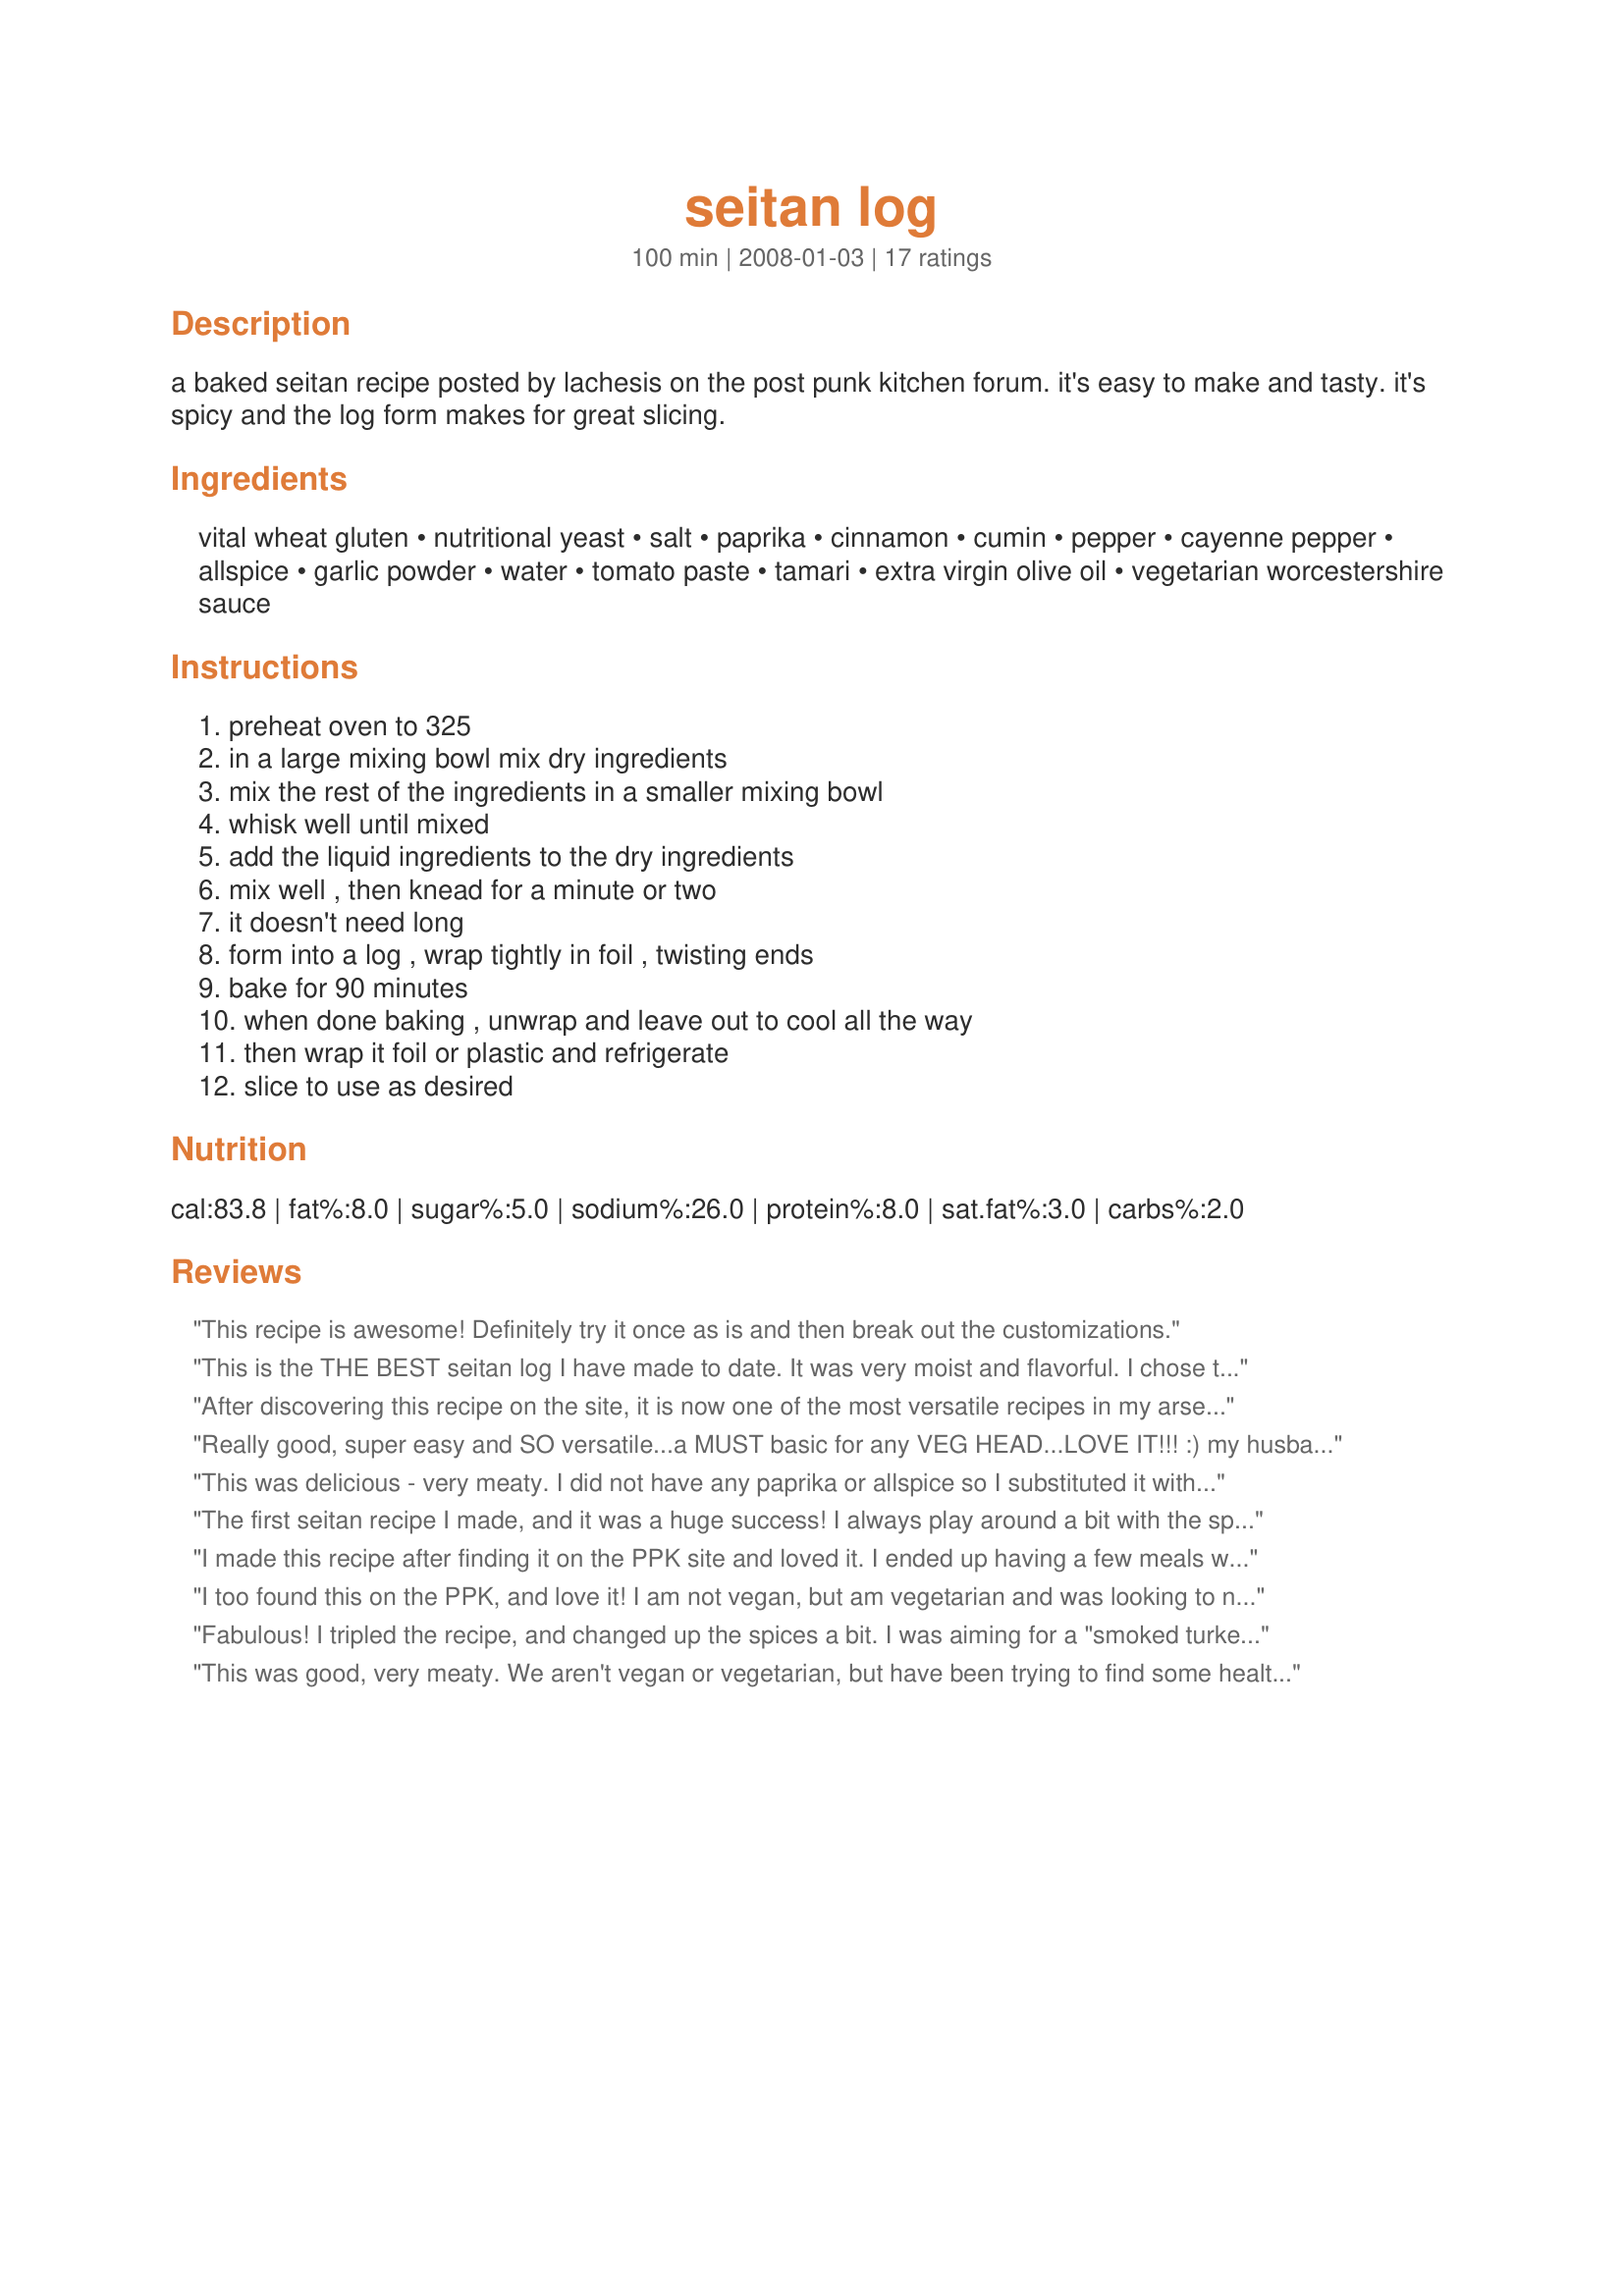
seitan log
Preparation time: 100 minutes

a baked seitan recipe posted by lachesis on the post punk kitchen forum. it's easy to make and tasty. it's spicy and the log form makes for great slicing.

Ingredients:
vital wheat gluten, nutritional yeast, salt, paprika, cinnamon, cumin, pepper, cayenne pepper, allspice, garlic powder, water, tomato paste, tamari, extra virgin olive oil, vegetarian worcestershire sauce

Steps:
preheat oven to 325, in a large mixing bowl mix dry ingredients, mix the rest of the ingredients in a smaller mixing bowl, whisk well until mixed, add the liquid ingredients to the dry ingredients, mix well , then knead for a minute or two, it doesn't need long, form into a log , wrap tightly in foil , twisting ends, bake for 90 minutes, when done baking , unwrap and leave out to cool all the way, then wrap it foil or plastic and refrigerate, slice to use as desired

Reviews:
This recipe is awesome! Definitely try it once as is and then break out the customizations.
This is the THE BEST seitan log I have made to date. It was very moist and flavorful. I chose to omit the cinnamon, cumin and allspice. I added 1 teaspoon of onion powder instead. It was such a huge hit, we ate 2/3 of it for dinner tonight. Thanks for posting a fantastic recipe!
After discovering this recipe on the site, it is now one of the most versatile recipes in my arsenal. Like user veggie_mama, I also omit the cinnamon, cumin, and allspice. I add onion powder in their place. My household enjoys just snacking on the log throughout the day. Its so good! When I make tofu lasagna, I crumble part of the log up and throw it in my vegan "ricotta" mixture. It gives it an extra kick! So many ways to use this recipe in others.
Really good, super easy and SO versatile...a MUST basic for any VEG HEAD...LOVE IT!!! :) my husband has patiently put up with my vegetarian whims for 20 years and he was thrilled with this!!! thanks AJO...made for "Healthy Choices Tag Game" - **A WINNER**
This was delicious - very meaty. I did not have any paprika or allspice so I substituted it with additional cayenne pepper. It turned out great, super easy and quick to prepare, I will definitely be making this again. I doubt I'll need to buy meat substitutes again! Next time I will try baking these in smaller logs in an attempt for sausage. The taste was great. My boyfriend ate it with mashed potatoes and saurkraut, I had some with bbq sauce. Fantastic, thanks for posting! *Edit: I just wanted to add that I continue to make and love this recipe. I've had success making a double batch and cooking an extra 15 minutes, I also make meat crumbles out of this by putting it in my food processor. This is good stuff!
The first seitan recipe I made, and it was a huge success! I always play around a bit with the spices and sometimes add some liquid smoke to make it taste sausage-y, but it always turns out fantastic!
I made this recipe after finding it on the PPK site and loved it. I ended up having a few meals with it (BBQ Seitan and 2 different types of chili). It was pretty easy to make as well. This is going to sound so weird, but it tasted like a mix between pumpkin pie and pepperoni. Next time, I'll leave out or cut back on the cinnamon.

***EDIT: I changed the spices around the 2nd time and it was even better: salt, cumin, garlic powder, onion powder, parsley, and used broth instead of water. MUCH MUCH better!
I too found this on the PPK, and love it!

I am not vegan, but am vegetarian and was looking to not rely on so many foods like cheese and eggs (I still eat them, just trying to moderate things).

I use the spices as-is, but haven't been able to find vegan worchesterschire sauce, so instead, I use 2 tbs red miso.

I love this!
Fabulous! I tripled the recipe, and changed up the spices a bit. I was aiming for a "smoked turkey" tasting substitute. The addition of liquid smoke, onion powder and poultry seasoning helped. I left out the cinnamon, allspice and cumin. I used half tamari, and half Braggs. I ended up slicing this pretty thinly on an electric slicer, and making panini with it and some brie, pesto and baby spinach. Wonderful directions, Ajo, thanks!
This was good, very meaty. We aren't vegan or vegetarian, but have been trying to find some healthier and less processed substitutes for some meats, and this is a winner. We put it in the food processor to substitute as ground beef as another reviewer suggested. Next time I think I will change the spices up too, to make it more meatball-like instead of pepperoni-like. Thanks so much AJO!
I enjoyed this. It makes a nice, plump log and slices so cleanly. It's pretty versatile; thinly sliced in a sandwich, breaded and dipped in BBQ sauce. Thanks for posting AJO.
This is delicious. I made it exactly as the recipe calls for and can't believe how tasty it is. I am going to try to experiment with other spices next. I think it comes out much more compact than when I boiled my seitan for an hour in a broth mixture. That was also very good but the seitan was not nearly as firm as baking made it. This was also very easy to do. I highly recommend trying it.
we liked this a lot. I skipped the cinnamon based on one of the reviews that it resembled pumpkin pie flavorings. I also skipped the allsice. I found this to be very easy. Such an all purpose recipe, you could change the seasoning to make it like sausage, pepperoni, chicken etc. Never pay for high priced seitan again!
My first experience with making my own meat substitute. I left out the &quot;sweeter&quot; spices, but added onion like others did. I&#039;ll definitely make this again, cause I can see flavoring this with crumbled seaweed to make a fish patty, using poultry seasoning for turkey type things. I will either double wrap this next time or cook less, as mine got pretty dark on the down side of my log. Tasty though. Thanks for sharing.
Delicious, amazing, and so simple!! This was my first time making it, so I decided to use the combination of spices as written. I think I did omit the cinnamon only. The allspice comes through loud and clear... I ight make it one more time exactly as written, and then try some other spice combos. I used the seitan sliced thin for sandwiches: wheat bread, lettuce, tomato and mustard. I also diced the rest of the log and made it into a taco filling, YUM
This recipe is awesome! It was my first attempt at making my own seitan & i'm so happy with the way it came out. I didn't use allspice or cinnamon because I didn't have any on hand. I also added onion powder (1 tsp), as suggested by some of the other reviewers. Thank you for sharing!
I&#039;m new to vegetarian cooking and this recipe was easy to follow and turned out beautifully. I look forward to trying other spice combinations.
